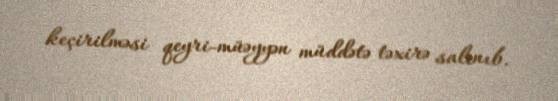
keçirilməsi qeyri-müəyyən müddətə təxirə salınıb.